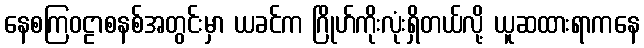
နေစကြဝဠာစနစ်အတွင်းမှာ ယခင်က ဂြိုဟ်ကိုးလုံးရှိတယ်လို့ ယူဆထားရာကနေ